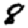
Digit: 8